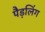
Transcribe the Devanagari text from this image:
पैड़लिंग